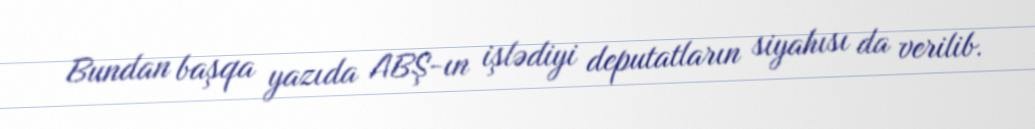
Bundan başqa yazıda ABŞ-ın işlədiyi deputatların siyahısı da verilib.